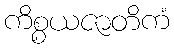
ကိစ္စယဇာတိကံ